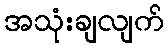
အသုံးချလျက်